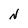
Character: N